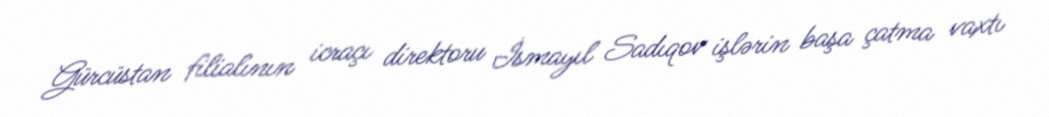
Gürcüstan filialının icraçı direktoru İsmayıl Sadıqov işlərin başa çatma vaxtı